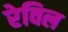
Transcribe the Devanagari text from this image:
रेविल